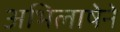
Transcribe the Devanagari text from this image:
अभिलाषेने